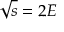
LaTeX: { \sqrt { s } } = 2 E